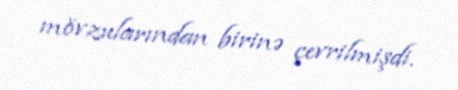
mövzularından birinə çevrilmişdi.